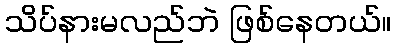
သိပ်နားမလည်ဘဲ ဖြစ်နေတယ်။